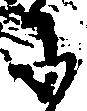
に